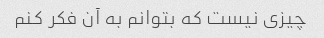
چیزی نیست که بتوانم به آن فکر کنم